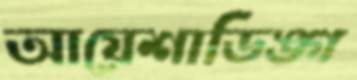
আয়েশাডিঙ্গ